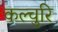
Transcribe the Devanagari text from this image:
कल्चुरि